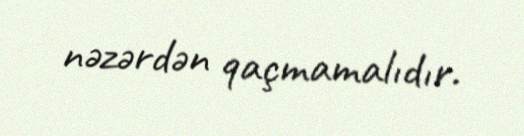
nəzərdən qaçmamalıdır.